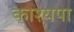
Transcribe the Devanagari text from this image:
काश्यपा